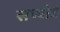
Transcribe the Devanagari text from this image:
सप्पोर्ट